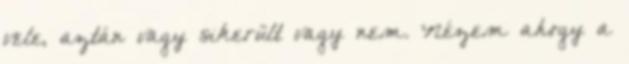
vele, aztán vagy sikerült vagy nem. Nézem ahogy a